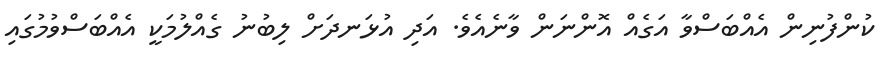
ކުންފުނިން އެއްބަސްވާ އަގެއް އޮންނަން ވާނެއެވެ. އަދި އުޅަނދަށް ލިބުނު ގެއްލުމަކީ އެއްބަސްވުމުގައި